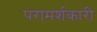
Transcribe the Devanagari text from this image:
परामर्शकारी